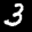
Label: 3